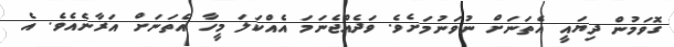
ގޮވަމުން ދިޔައީ އެތަނަށް ނުވަނުމަށެވެ. ވަދެއްޖެނަމަ އެއްކަލަ މީހާ އެތަނަށް އަރާނެއެވެ. އެ